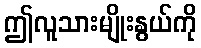
ဤလူသားမျိုးနွယ်ကို